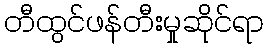
တီထွင်ဖန်တီးမှုဆိုင်ရာ